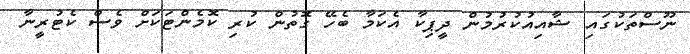
ނޫސްތަކުގައި ޝާއިއުކުރުމުން ދީޕިކާ އެކަމާ ބެހޭ ގޮތުން ކުރި ކޮމެންޓަކަށް ވެސް ކެޓުރީނާ